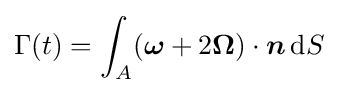
\Gamma (t)=\int _{A}({\boldsymbol {\omega }}+2{\boldsymbol {\Omega }})\cdot {\boldsymbol {n}}\,\mathrm {d} S